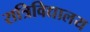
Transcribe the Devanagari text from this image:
रात्रिविद्यालय